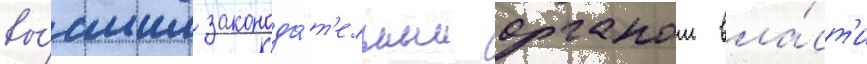
вы́сшим законода́т'ельным органом вла́ст'и